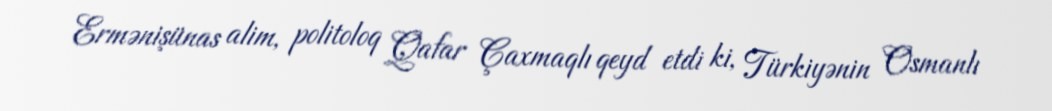
Ermənişünas alim, politoloq Qafar Çaxmaqlı qeyd etdi ki, Türkiyənin Osmanlı